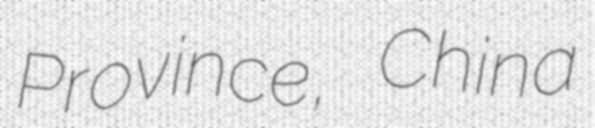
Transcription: Province, China